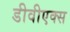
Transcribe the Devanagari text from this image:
डीवीएक्स